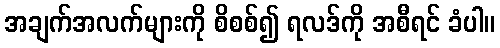
အချက်အလက်များကို စိစစ်၍ ရလဒ်ကို အစီရင် ခံပါ။